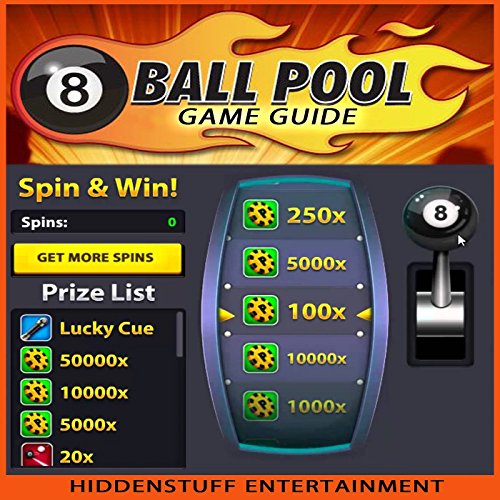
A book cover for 8 Ball Pool Game Guide;  Hiddenstuff Entertainment; Humor & Entertainment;